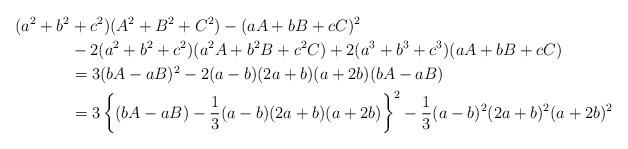
LaTeX: \begin{align*}(a^2+ b^2& +c^2)(A^2+B^2+C^2) - (aA+bB+cC)^2\\& - 2(a^2+b^2+c^2)(a^2A+b^2B+c^2C) + 2(a^3+b^3+c^3)(aA+bB+cC)\\& = 3 (bA-aB)^2 - 2 (a-b)(2a+b)(a+2b)(bA-aB)\\& = 3 \left\{ (bA-aB) - \frac{1}{3}(a-b)(2a+b)(a+2b)\right\}^2 - \frac{1}{3}(a-b)^2(2a+b)^2(a+2b)^2\end{align*}